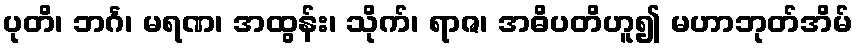
ပုတိ၊ ဘင်္ဂ၊ မရဏ၊ အထွန်း၊ သိုက်၊ ရာဇ၊ အဓိပတိဟူ၍ မဟာဘုတ်အိမ်